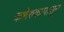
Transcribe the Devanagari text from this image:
कशेरुकापासून